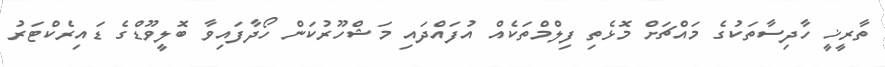
ތާރީޚީ ހާދިސާތަކުގެ މައްޗަށް މޮޅެތި ފިލްމްތަކެއް އުފައްދައި މަޝްހޫރުކަން ހޯދާފައިވާ ބޮލީވޫޑްގެ ޑައިރެކްޓަރު